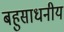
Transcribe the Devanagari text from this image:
बहुसाधनीय